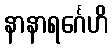
နာနာရင်္ဂေဟိ